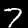
Digit: 7